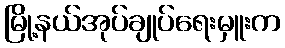
မြို့နယ်အုပ်ချုပ်ရေးမှူးက